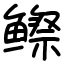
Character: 𬶭